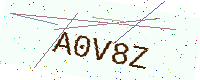
Text: A0V8Z